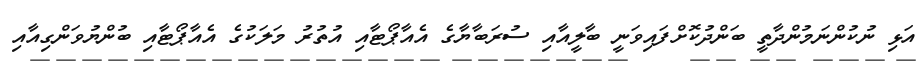
އަޅި ނުކުންނަމުންދާތީ ބަންދުކޮށްފައިވަނީ ބާލީއާއި ސުރަބާޔާގެ އެއާޕޯޓާއި އުތުރު މަލަކުގެ އެއާޕޯޓާއި ބުންޔުވަންގިއާއި